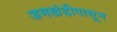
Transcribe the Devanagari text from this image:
जमखंडीपासून